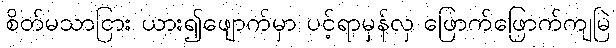
စိတ်မသာငြား ယား၍ဖျောက်မှာ ပင့်ရာမှန်လှ ဖြောက်ဖြောက်ကျမြဲ